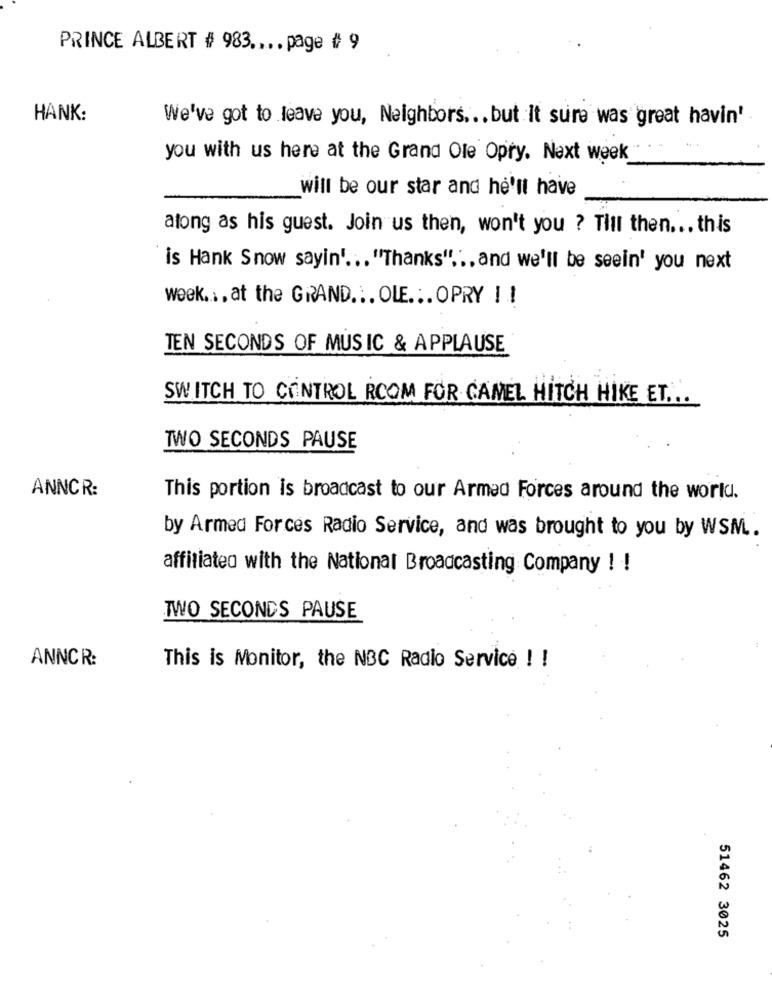
PRINCE ALBERT # 983 .... page # 9
HANK:
We've got to leave you, Neighbors ... but It sure was great havin'
you with us here at the Grand Ole Opry. Next week
will be our star and he'll have
along as his guest. Join us then, won't you ? Till then ... this
is Hank Snow sayin' ... "Thanks" .., and we'll be seein' you next
week .., at the GRAND ... OLE. .. OPRY ! !
TEN SECONDS OF MUSIC & APPLAUSE
SWITCH TO CONTROL ROOM FOR CAMEL HITCH HIKE ET ...
TWO SECONDS PAUSE
ANNCR:
This portion is broadcast to our Armed Forces around the world.
by Armed Forces Radio Service, and was brought to you by WSM ..
affiliated with the National Broadcasting Company ! !
TWO SECONDS PAUSE
ANNCR:
This is Monitor, the NBC Radio Service ! !
51462 3025